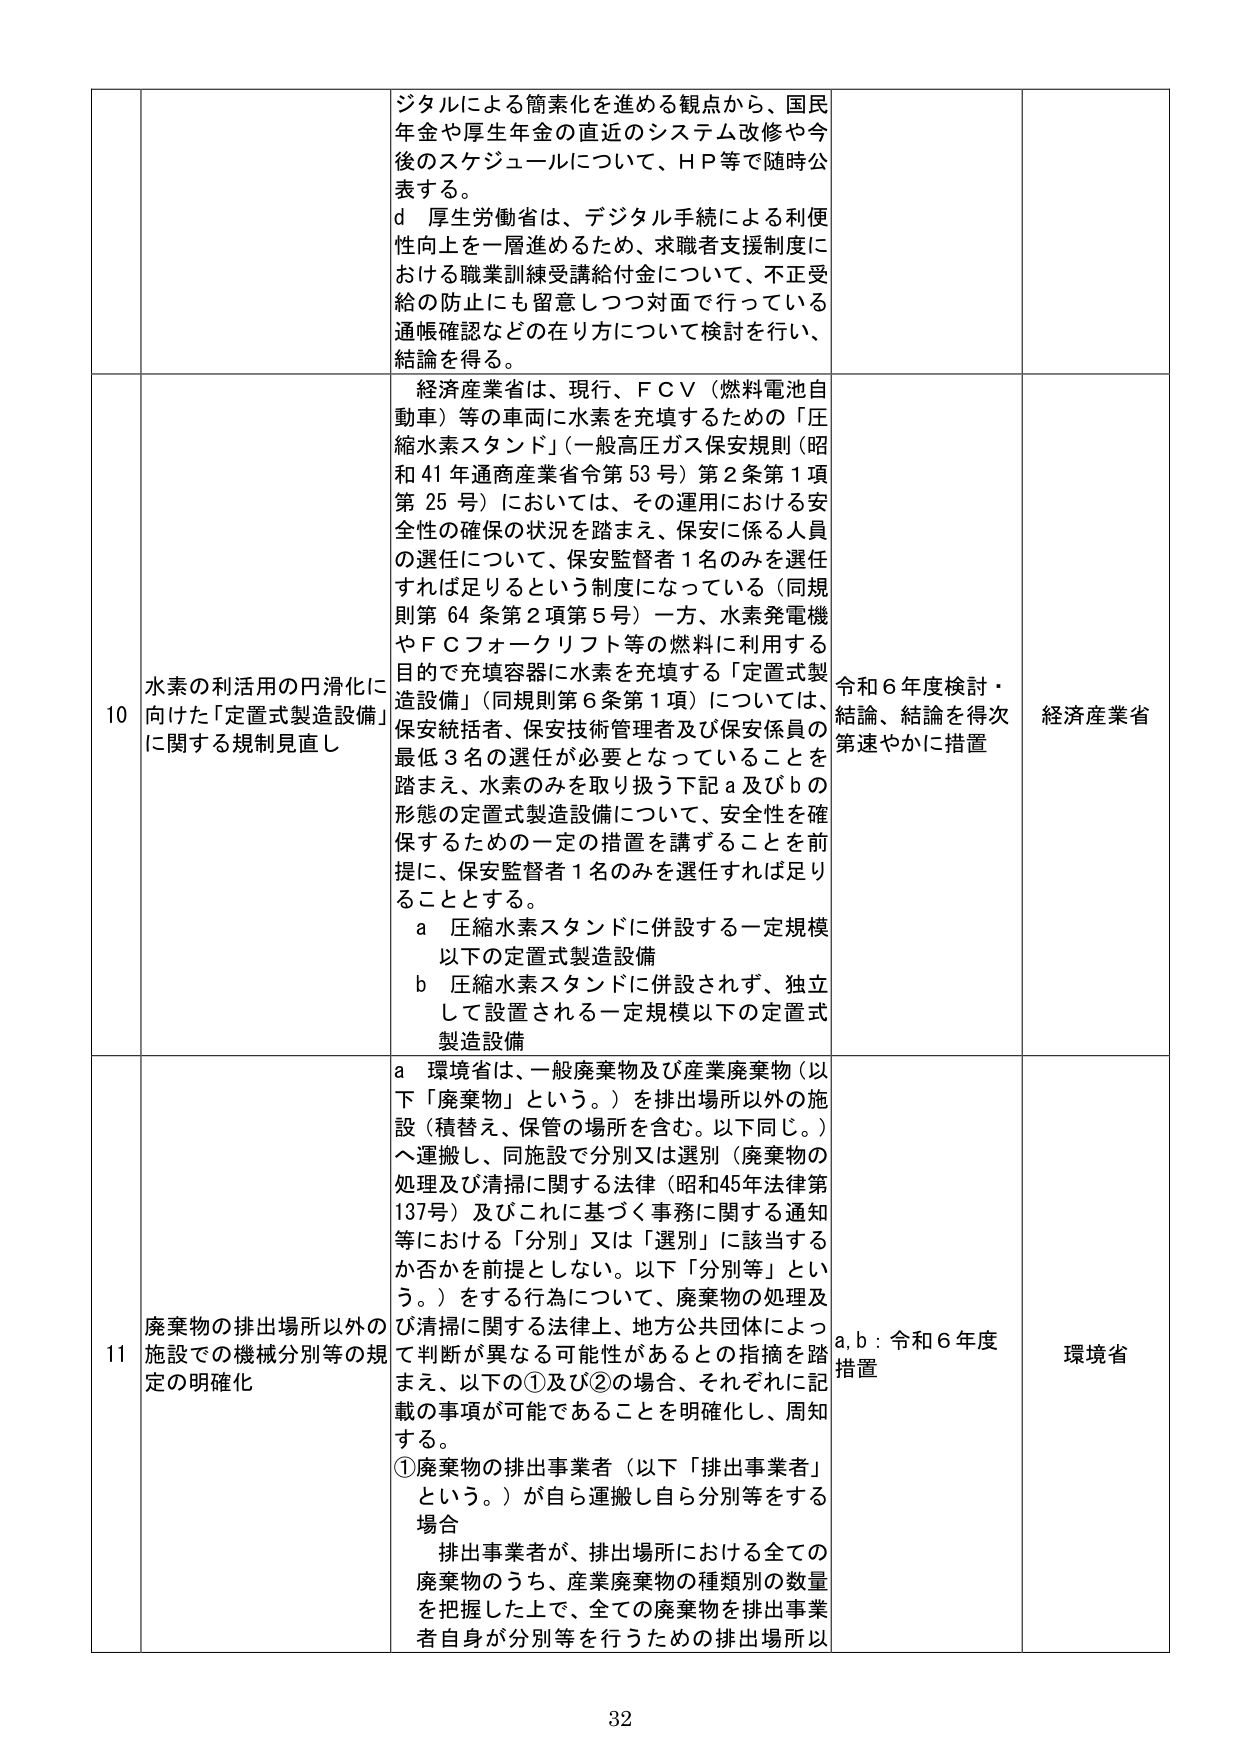
ジタルによる簡素化を進める観点から、国民年金や厚生年金の直近のシステム改修や今後のスケジュールについて、ＨＰ等で随時公表する。
ｄ 厚生労働省は、デジタル手続による利便性向上を一層進めるため、求職者支援制度における職業訓練受講給付金について、不正受給の防止にも留意しつつ対面で行っている通帳確認などの在り方について検討を行い、結論を得る。

10 水素の利活用の円滑化に向けた「定置式製造設備」に関する規制見直し
経済産業省は、現行、ＦＣＶ（燃料電池自動車）等の車両に水素を充填するための「圧縮水素スタンド」（一般高圧ガス保安規則（昭和41年通商産業省令第53号）第2条第1項第25号）においては、その運用における安全性の確保の状況を踏まえ、保安に係る人員の選任について、保安監督者1名のみを選任すれば足りるという制度になっている（同規則第64条第2項第5号）一方、水素発電機やＦＣフォークリフト等の燃料に利用する目的で充填容器に水素を充填する「定置式製造設備」（同規則第6条第1項）については、保安統括者、保安技術管理者及び保安係員の最低3名の選任が必要となっていることを踏まえ、水素のみを取り扱う下記ａ及びｂの形態の定置式製造設備について、安全性を確保するための一定の措置を講ずることを前提に、保安監督者1名のみを選任すれば足りることとする。
ａ 圧縮水素スタンドに併設する一定規模以下の定置式製造設備
ｂ 圧縮水素スタンドに併設されず、独立して設置される一定規模以下の定置式製造設備
令和6年度検討・結論、結論を得次第速やかに措置
経済産業省

11 廃棄物の排出場所以外の施設での機械分別等の規定の明確化
ａ 環境省は、一般廃棄物及び産業廃棄物（以下「廃棄物」という。）を排出場所以外の施設（積替え、保管の場所を含む。以下同じ。）へ運搬し、同施設で分別又は選別（廃棄物の処理及び清掃に関する法律（昭和45年法律第137号）及びこれに基づく事務に関する通知等における「分別」又は「選別」に該当するか否かを前提としない。以下「分別等」という。）をする行為について、廃棄物の処理及び清掃に関する法律上、地方公共団体によって判断が異なる可能性があるとの指摘を踏まえ、以下の①及び②の場合、それぞれに記載の事項が可能であることを明確化し、周知する。
①廃棄物の排出事業者（以下「排出事業者」という。）が自ら運搬し自ら分別等をする場合
　排出事業者が、排出場所における全ての廃棄物のうち、産業廃棄物の種類別の数量を把握した上で、全ての廃棄物を排出事業者自身が分別等を行うための排出場所以
ａ,ｂ：令和6年度措置
環境省

32